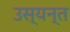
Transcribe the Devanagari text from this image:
उस्यन्त